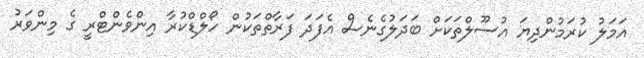
އަމަލު ކުރަމުންދިޔަ އުސޫލްތަކަށް ބަދަލުގެނެސް އެފަދަ ފަރާތްތަކުން ހޯލްޑްކުރާ އިންވެންޓްރީ ގެ މިންވަރު